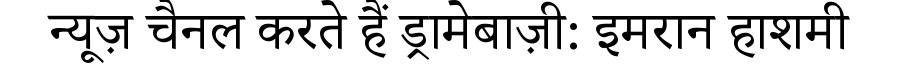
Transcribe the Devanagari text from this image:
न्यूज़ चैनल करते हैं ड्रामेबाज़ी: इमरान हाशमी